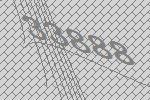
33888